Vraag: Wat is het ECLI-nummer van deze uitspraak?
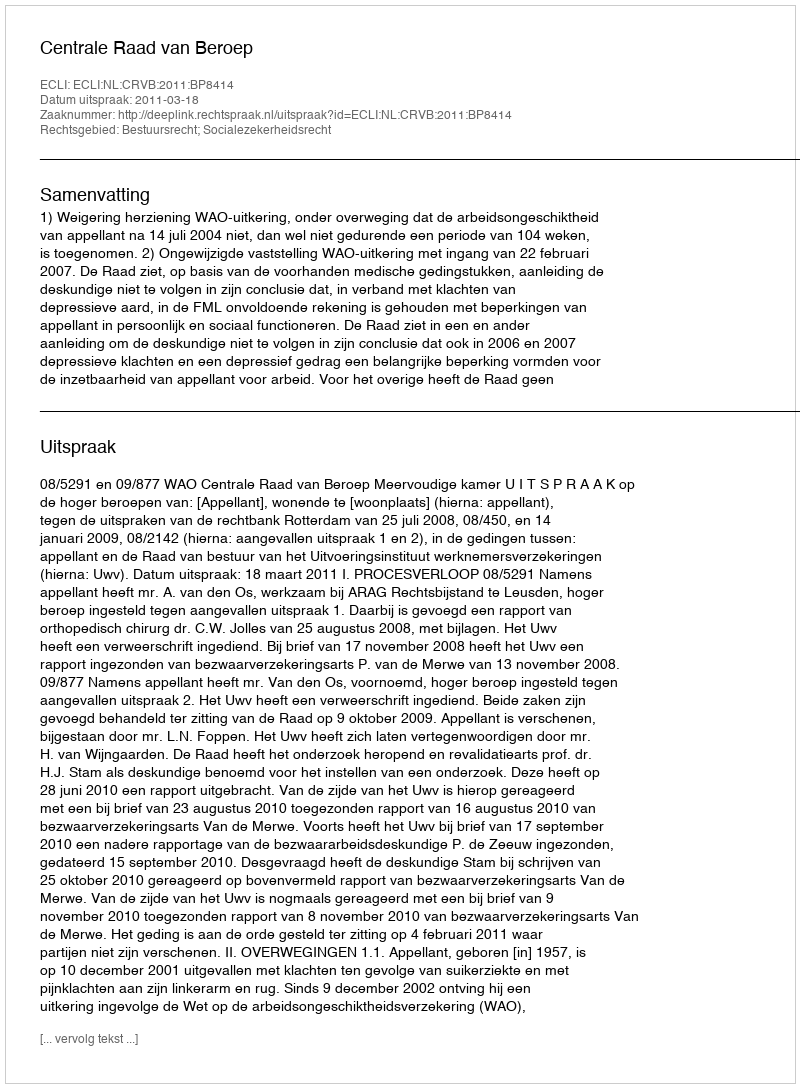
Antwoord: ECLI:NL:CRVB:2011:BP8414